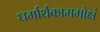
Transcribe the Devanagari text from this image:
धर्मार्थकाममोक्षं